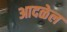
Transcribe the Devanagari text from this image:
आदळेल